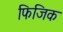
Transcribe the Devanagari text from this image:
फिजिक